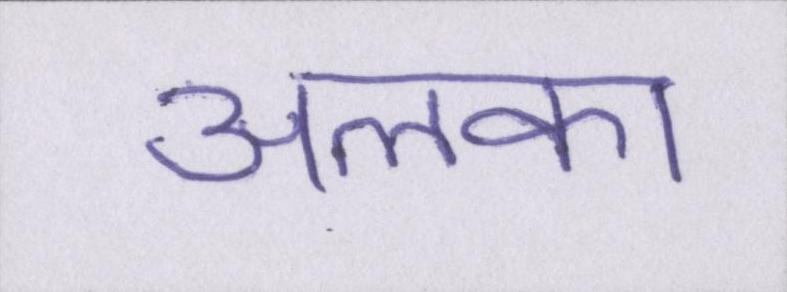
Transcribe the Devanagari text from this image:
अलका